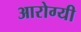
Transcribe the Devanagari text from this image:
आरोग्यी